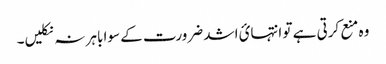
وہ منع کرتی ہے تو انتہائ اشد ضرورت کے سوا باہر نہ نکلیں۔